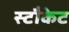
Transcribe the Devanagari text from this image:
स्टौकेट